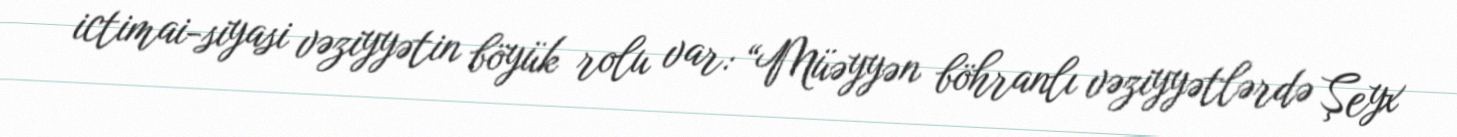
ictimai-siyasi vəziyyətin böyük rolu var: “Müəyyən böhranlı vəziyyətlərdə Şeyx